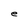
Character: e